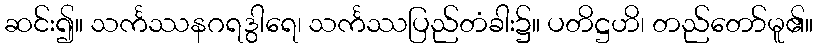
ဆင်း၍။ သင်္ကဿနဂရဒွါရေ၊ သင်္ကဿပြည်တံခါး၌။ ပတိဋ္ဌဟိ၊ တည်တော်မူ၏။